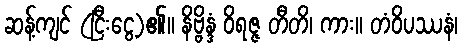
ဆန့်ကျင် (ငြီးငွေ့)၏။ နိဗ္ဗိန္ဒံ ဝိရဇ္ဇ တီတိ၊ ကား။ တံဝိပဿနံ၊